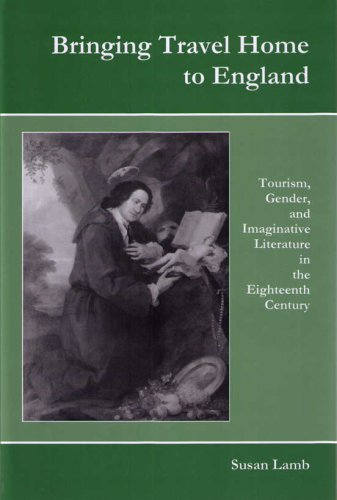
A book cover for Bringing Travel Home to England: Tourism, Gender, and Imaginative Literature in the Eighteenth Century; Susan Lamb; Travel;